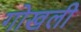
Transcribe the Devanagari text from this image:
गोखली